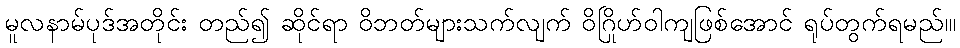
မူလနာမ်ပုဒ်အတိုင်း တည်၍ ဆိုင်ရာ ဝိဘတ်များသက်လျက် ဝိဂြိုဟ်ဝါကျဖြစ်အောင် ရုပ်တွက်ရမည်၊။